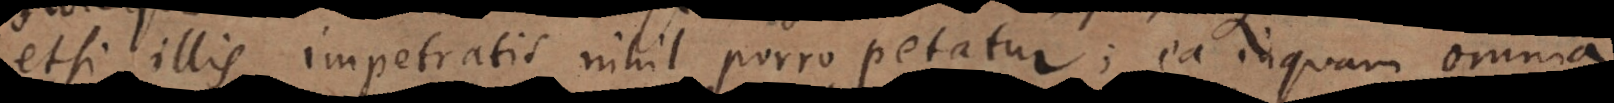
etsi illis impetratis nihil porro petatur; ea inquam omnia,